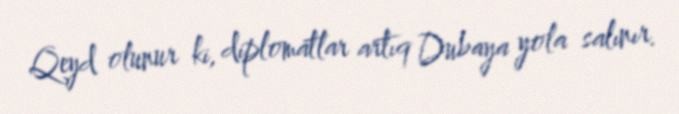
Qeyd olunur ki, diplomatlar artıq Dubaya yola salınır.